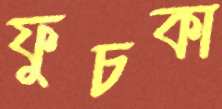
ফুচকা